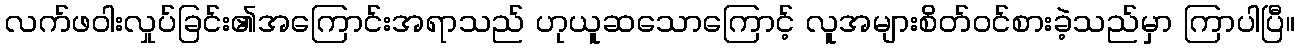
လက်ဖဝါးလှုပ်ခြင်း၏အကြောင်းအရာသည် ဟုယူဆသောကြောင့် လူအများစိတ်ဝင်စားခဲ့သည်မှာ ကြာပါပြီ။